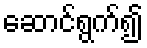
ဆောင်ရွက်၍